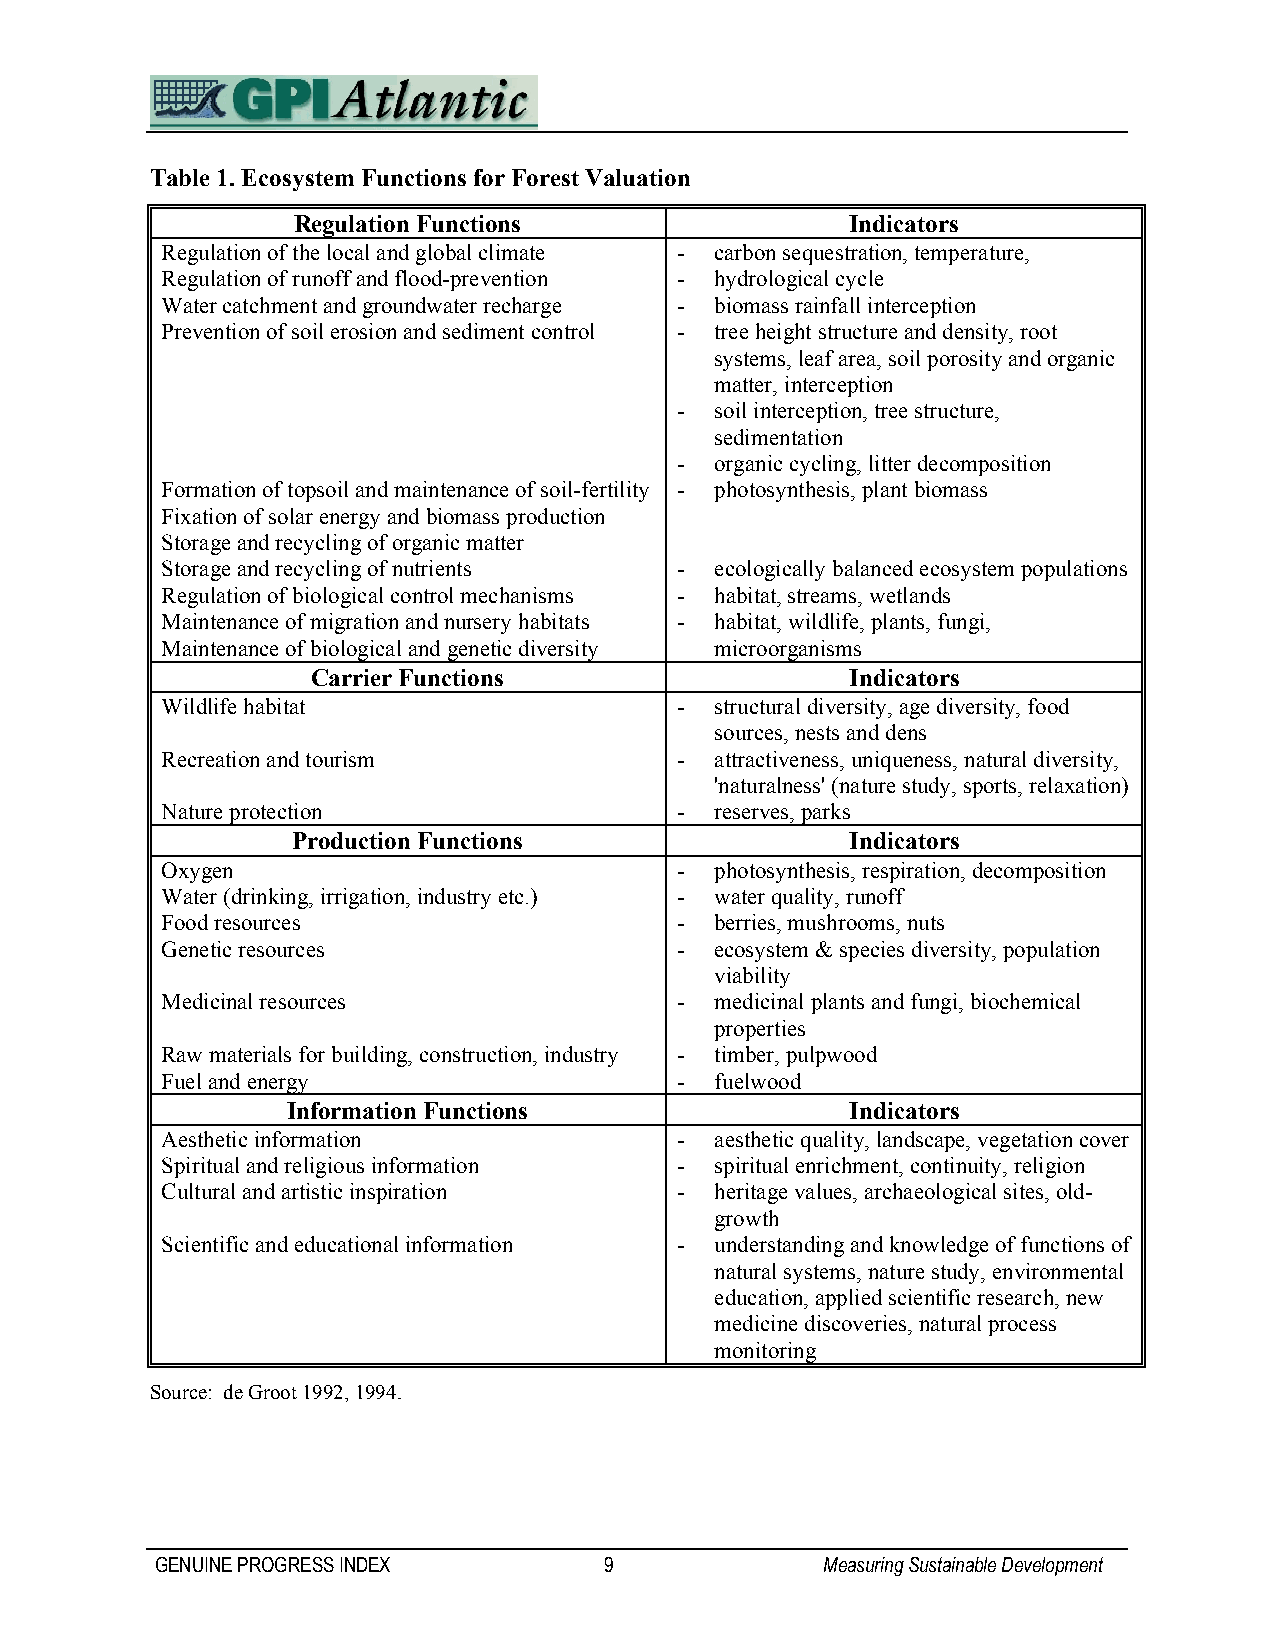
Table 1. Ecosystem Functions for Forest Valuation
 Regulation Functions                 Indicators
 Regulation of the local and global climate - carbon sequestration, temperature,
 Regulation of runoff and flood-prevention - hydrological cycle
 Water catchment and groundwater recharge - biomass rainfall interception
 Prevention of soil erosion and sediment control - tree height structure and density, root
 systems, leaf area, soil porosity and organic
 matter, interception
 - soil interception, tree structure,
 sedimentation
 - organic cycling, litter decomposition
 Formation of topsoil and maintenance of soil-fertility - photosynthesis, plant biomass
 Fixation of solar energy and biomass production
 Storage and recycling of organic matter
 Storage and recycling of nutrients - ecologically balanced ecosystem populations
 Regulation of biological control mechanisms - habitat, streams, wetlands
 Maintenance of migration and nursery habitats - habitat, wildlife, plants, fungi,
 Maintenance of biological and genetic diversity microorganisms
 Carrier Functions                  Indicators
 Wildlife habitat                  - structural diversity, age diversity, food
 sources, nests and dens
 Recreation and tourism            - attractiveness, uniqueness, natural diversity,
 'naturalness' (nature study, sports, relaxation)
 Nature protection                 - reserves, parks
 Production Functions                 Indicators
 Oxygen                            - photosynthesis, respiration, decomposition
 Water (drinking, irrigation, industry etc.) - water quality, runoff
 Food resources                    - berries, mushrooms, nuts
 Genetic resources                 - ecosystem & species diversity, population
 viability
 Medicinal resources               - medicinal plants and fungi, biochemical
 properties
 Raw materials for building, construction, industry - timber, pulpwood
 Fuel and energy                   - fuelwood
 Information Functions                Indicators
 Aesthetic information             - aesthetic quality, landscape, vegetation cover
 Spiritual and religious information - spiritual enrichment, continuity, religion
 Cultural and artistic inspiration - heritage values, archaeological sites, old-
 growth
 Scientific and educational information - understanding and knowledge of functions of
 natural systems, nature study, environmental
 education, applied scientific research, new
 medicine discoveries, natural process
 monitoring
 Source: de Groot 1992, 1994.
 GENUINE PROGRESS INDEX        9              Measuring Sustainable Development